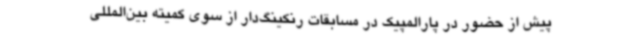
پیش از حضور در پارالمپیک در مسابقات رنکینگ‌دار از سوی کمیته بین‌المللی